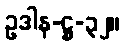
ဥဒါန-ဋ္ဌ-၃၂။